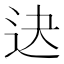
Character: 𨑣